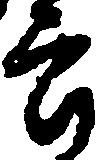
郎